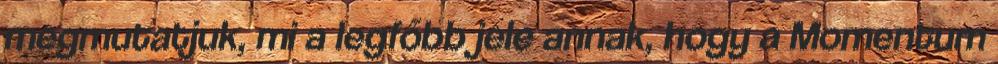
megmutatjuk, mi a legfőbb jele annak, hogy a Momentum